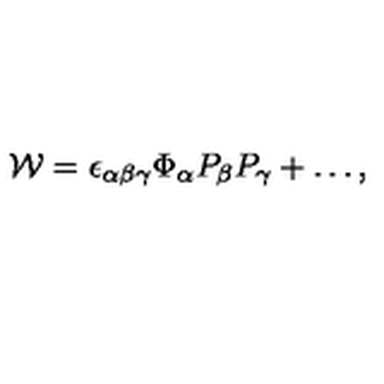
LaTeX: { \cal W } = \epsilon _ { \alpha \beta \gamma } \Phi _ { \alpha } P _ { \beta } P _ { \gamma } + \dots ,